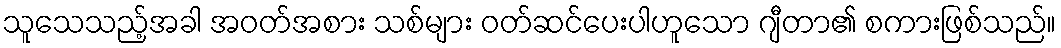
သူသေသည့်အခါ အဝတ်အစား သစ်များ ဝတ်ဆင်ပေးပါဟူသော ဂျီတာ၏ စကားဖြစ်သည်။